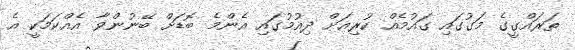
ތަރައްގީގެ މަގުގައި ގައުމެއް ކުރިއަށް ދިއުމުގައި އެންމެ ބޮޑަށް ބޭނުންވާ އެއްކަމަކީ އެ